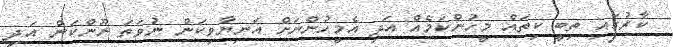
ކާރުގައި ތިބީ ކިތައް މީހުންކަމެއް އަދި އެމީހުންނަށް އަނިޔާވިކަން ނުވަތަ ނޫންކަން އަދި